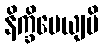
နိက္ခိပေယျပိ